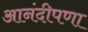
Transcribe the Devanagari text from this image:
आनंदीपणा